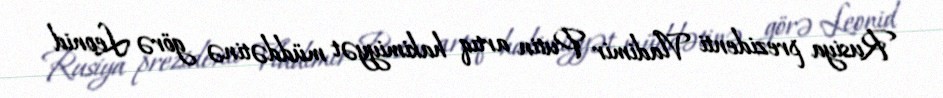
Rusiya prezidenti Vladimir Putin artıq hakimiyyət müddətinə görə Leonid